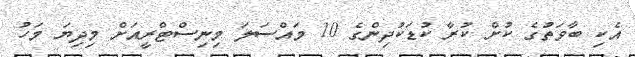
އެކި ބާވަތުގެ ކުށް ކުރާ ކުޑަކުދިންގެ 10 މައްސަލަ މިނިސްޓްރީއަށް މިދިޔަ މަހު